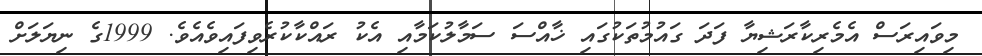
މިވައިރަސް އެމެރިކާރަޝިޔާ ފަދަ ގައުމުތަކުގައި ޚާއްސަ ސަމާލުކަމާއި އެކު ރައްކާކުރެވިފައިވެއެވެ. 1999ގެ ނިޔަލަށް